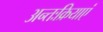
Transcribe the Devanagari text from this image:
अन्तःक्रियाएं